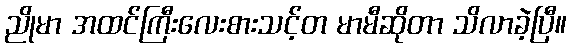
ညိုမာ အထင်ကြီးလေးစားသင့်တ မာမီဆိုတာ သိလာခဲ့ပြီ။